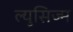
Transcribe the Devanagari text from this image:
ल्युसिज्म